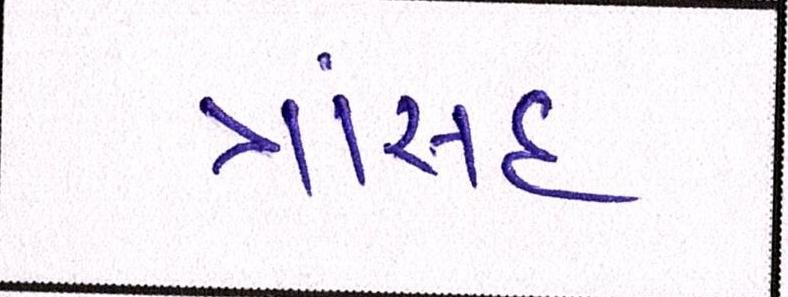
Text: ત્રાંસદ